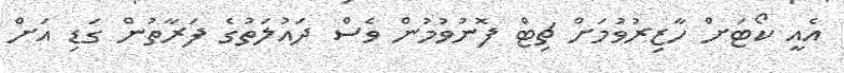
އެއީ ކޯޓަށް ހާޒިރުވުމަށް ޗިޓް ފޮނުވުމުން ވެސް ދައުލަތުގެ ފަރާތުން ގަޑި އަށް